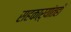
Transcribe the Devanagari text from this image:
सहकाऱ्यांतही